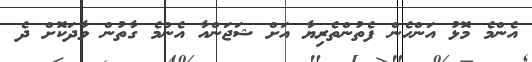
އެންމެ މޮޅު އަންހެން ފެތުންތެރިޔާ އަށް ޝަޖަންއާ އެންމެ ގާތުން ވާދަކޮށް ދެ